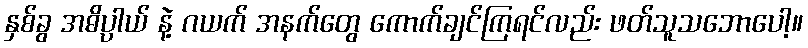
နှစ်ခွ အဓိပ္ပာယ် နဲ့ ဂယက် အနက်တွေ ကောက်ချင်ကြရင်လည်း ဖတ်သူသဘောပေါ့။